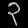
Digit: ၃